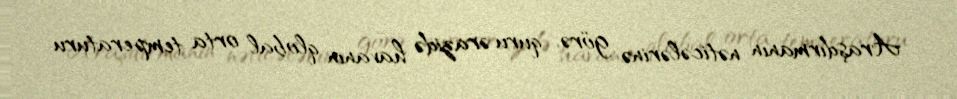
Araşdırmanın nəticələrinə görə, quru ərazidə havanın qlobal orta temperaturu